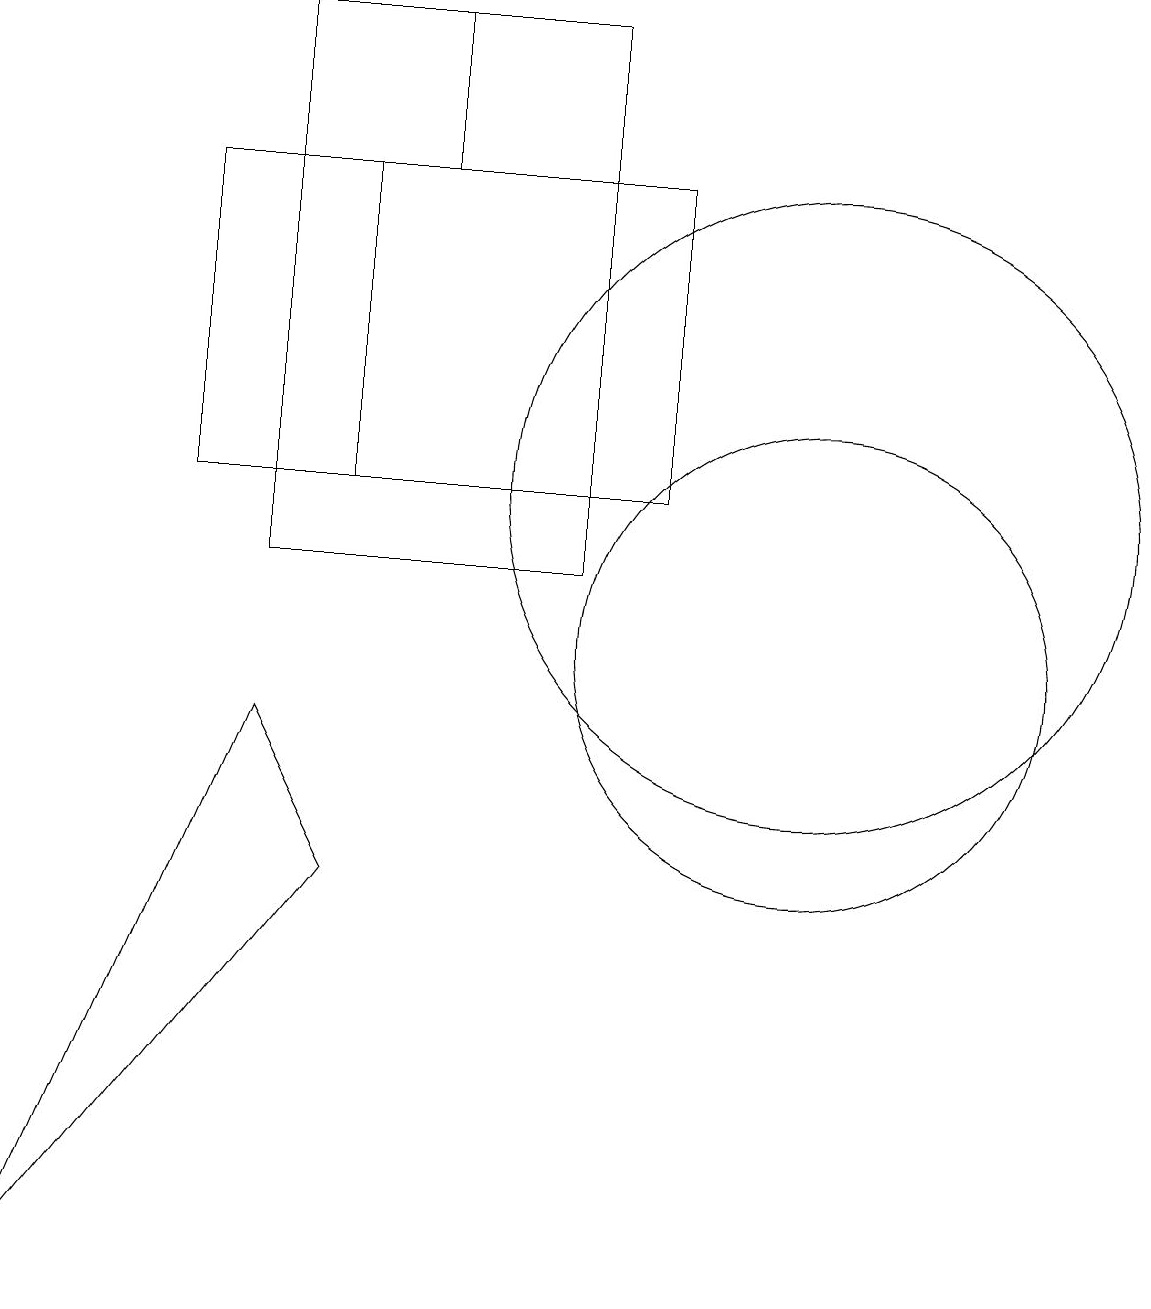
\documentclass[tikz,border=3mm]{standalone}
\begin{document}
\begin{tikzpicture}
\draw (10,12) circle (4);
\draw (3,9) -- (4,7) -- (0,2) -- cycle;
\draw (5,16) rectangle (7,18);
\draw (8,16) rectangle (4,12);
\draw (3,18) rectangle (7,11);
\draw (7,16) rectangle (2,12);
\draw (10,10) circle (3);
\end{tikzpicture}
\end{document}